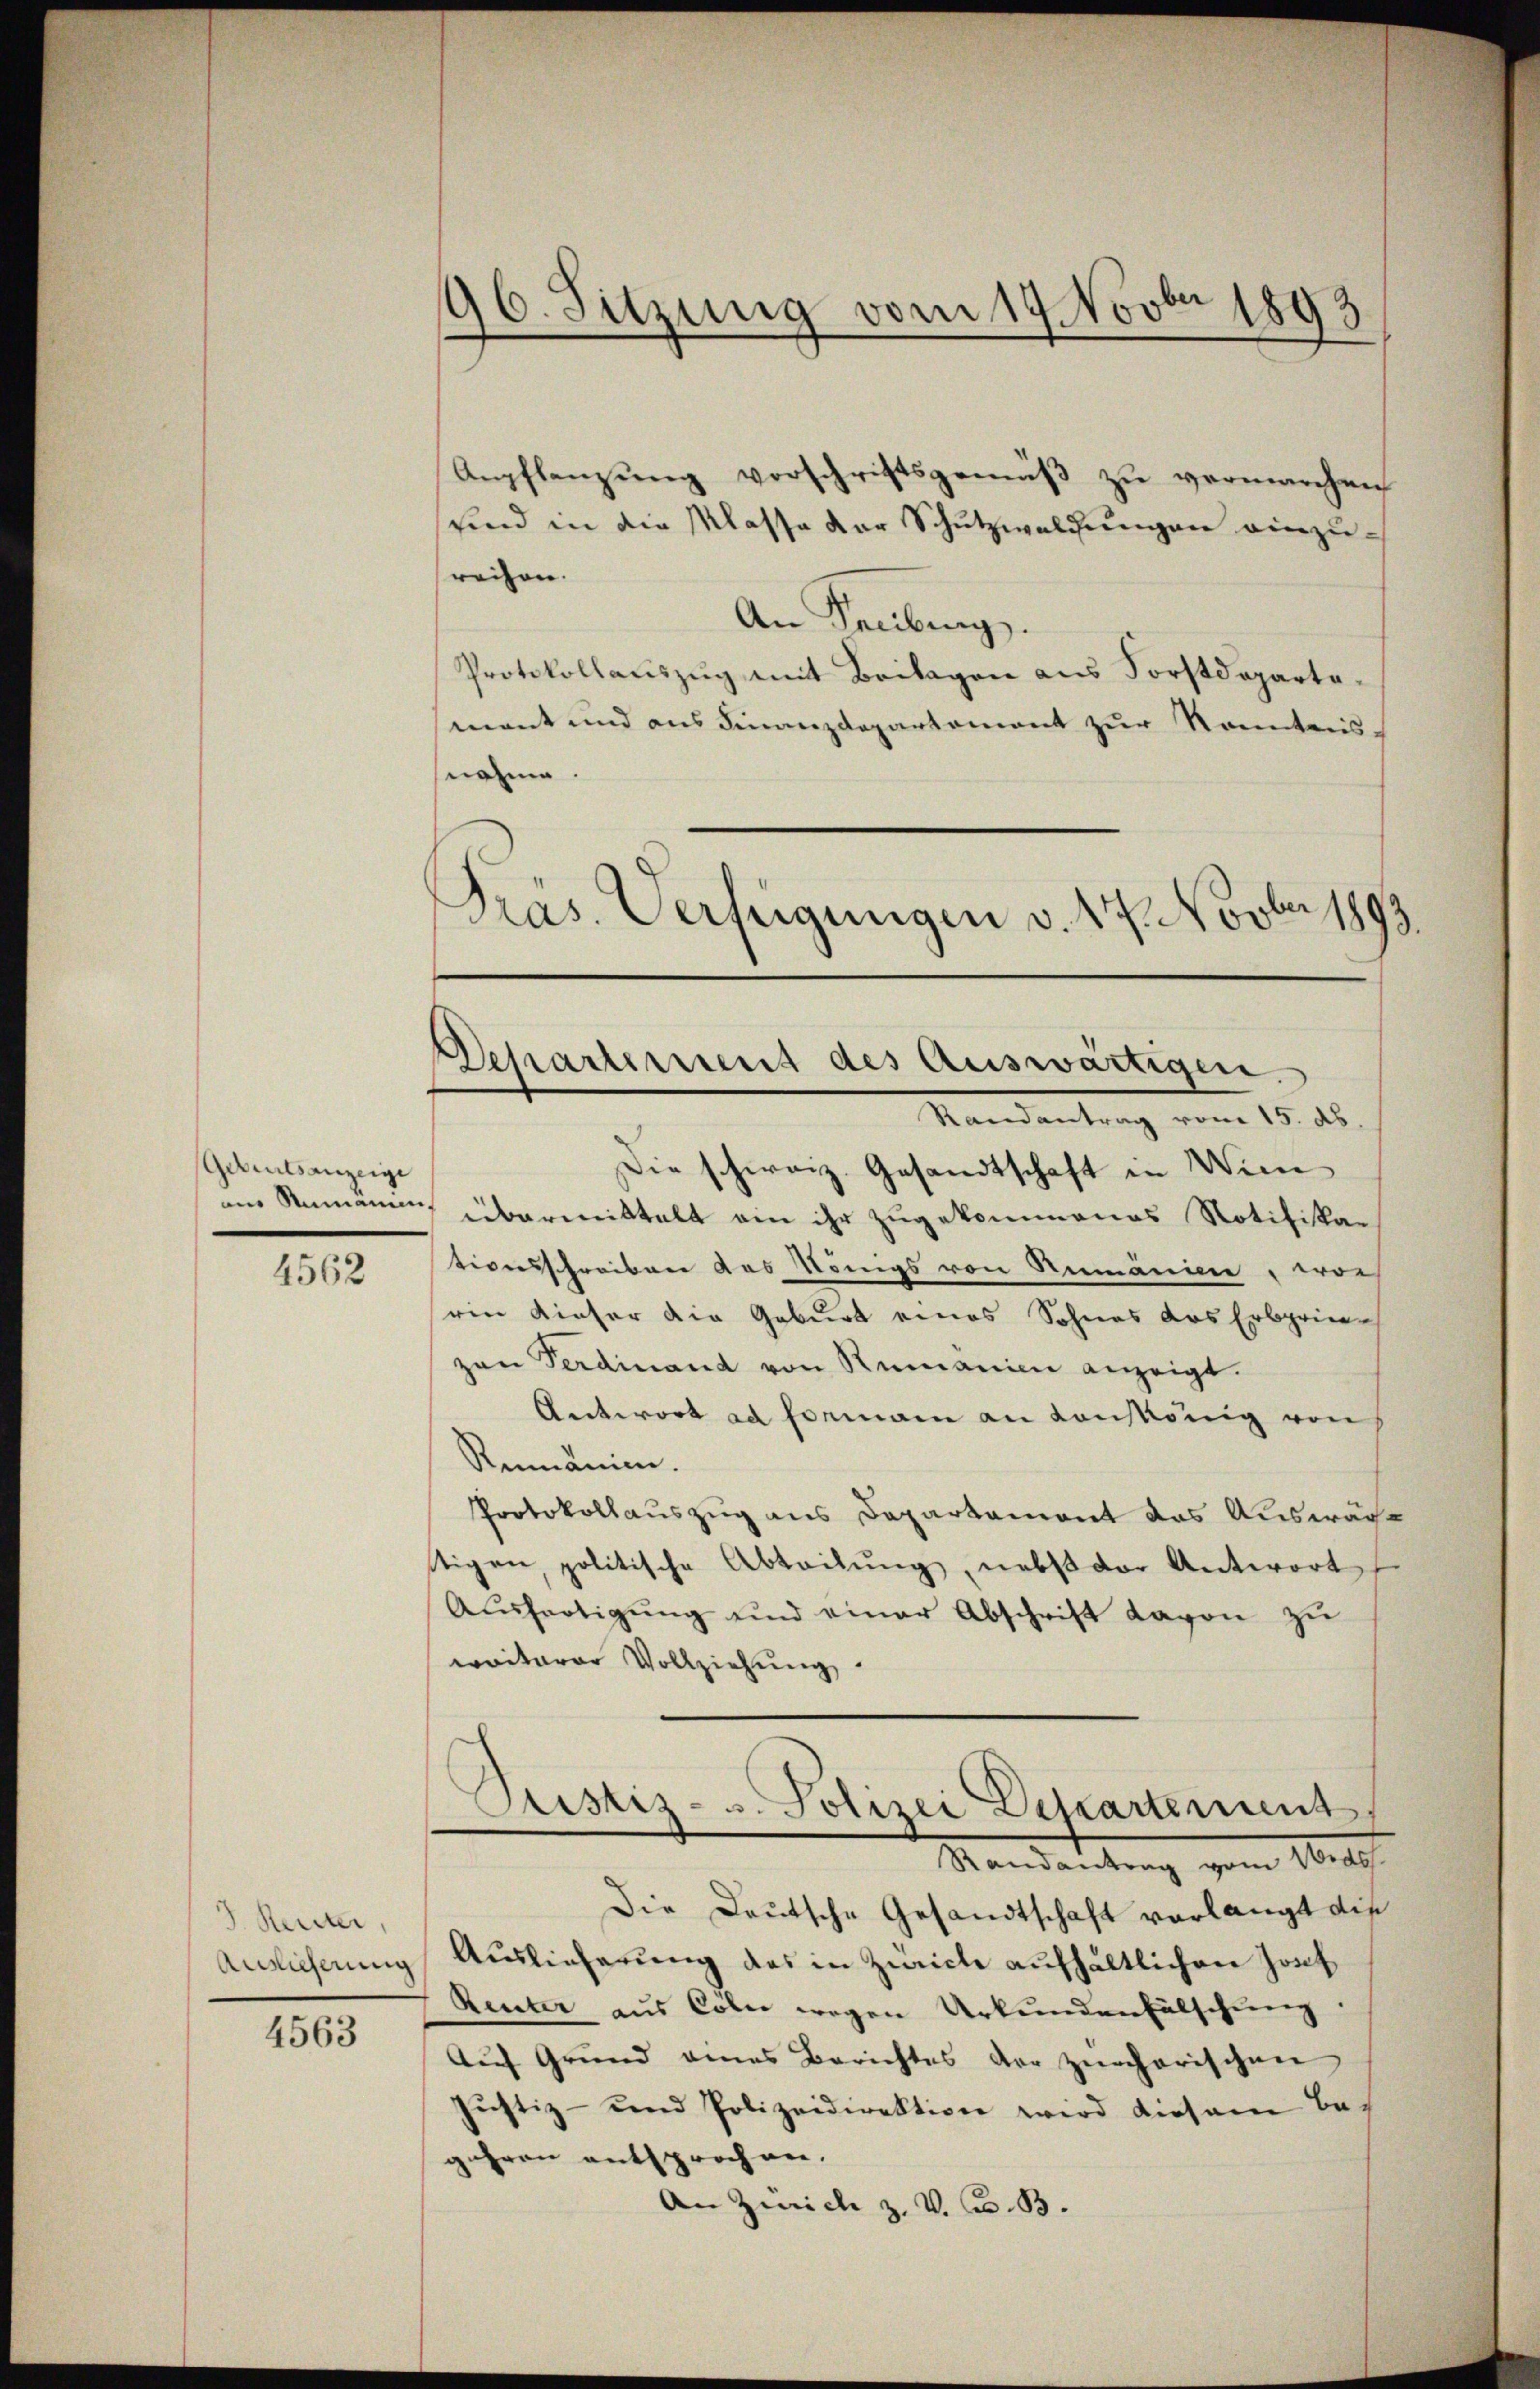
Gedeutsanzeige

4562

J. Reiter,

4563

96. Sitzung vom 19. Novbr 1893

Departement des Auswärtigen
Randantrag vom 15. ds.

Die schweiz. Gesandtschaft in Win
um Rumänen übermittelt ein ihr zugekommenes Notifikar
tionsschreiben des Königs von Rumänien, wor
sein Kieser die Geburt eines Sohnes das Erbprinzan Ferdinand von Remonie anzeigt.
Antwort ad Formann an Konskönig von
Rumänien.
Protokollauszug aus Departament das Auswäche
tigen, politische Abteilŭng, nebst vor Antwort
Aŭsfertigŭng und einer Abschrift davon zu
waiterer Vollziehŭng.
Justiz- u. Polizei Departement
Randantrag vom Wide
die Deutsche Gesandtschaft vorlangt die
Anlicherung Auslieferung des in Zürich aufhältlichen Josef
Reuter aus Cöln wegen Urkundenfälschung
Auf Grund eines Berichtes der zürcherischen
Justiz- und Polizeidirektion wird diesem Be-
jahren entsprochen.
An Zürich z. V. B. 3.

Anpflanzung vorschriftsgemäß zu vermarchen
sind in die Klasse der Schutzwaldungen einzusreihen.
An Laubung.
Protokollauszug mit Beilagen aus Forstdepartemant und aus Finanzdepartement zur Kenntensnahme.
Präs. Verfügungen v. 17. Novber 1893.